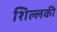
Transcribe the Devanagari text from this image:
शिल्लकी